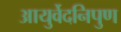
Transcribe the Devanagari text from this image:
आयुर्वेदनिपुण